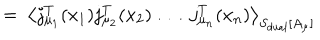
LaTeX: = \; \left\langle j _ { \mu _ { 1 } } ^ { T } ( x _ { 1 } ) j _ { \mu _ { 2 } } ^ { T } ( x _ { 2 } ) \; \ldots \; j _ { \mu _ { n } } ^ { T } ( x _ { n } ) \right\rangle _ { S _ { \mathrm { d u a l } } [ A _ { \mu } ] } \;